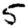
Digit: 5